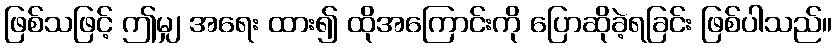
ဖြစ်သဖြင့် ဤမျှ အရေး ထား၍ ထိုအကြောင်းကို ပြောဆိုခဲ့ရခြင်း ဖြစ်ပါသည်။